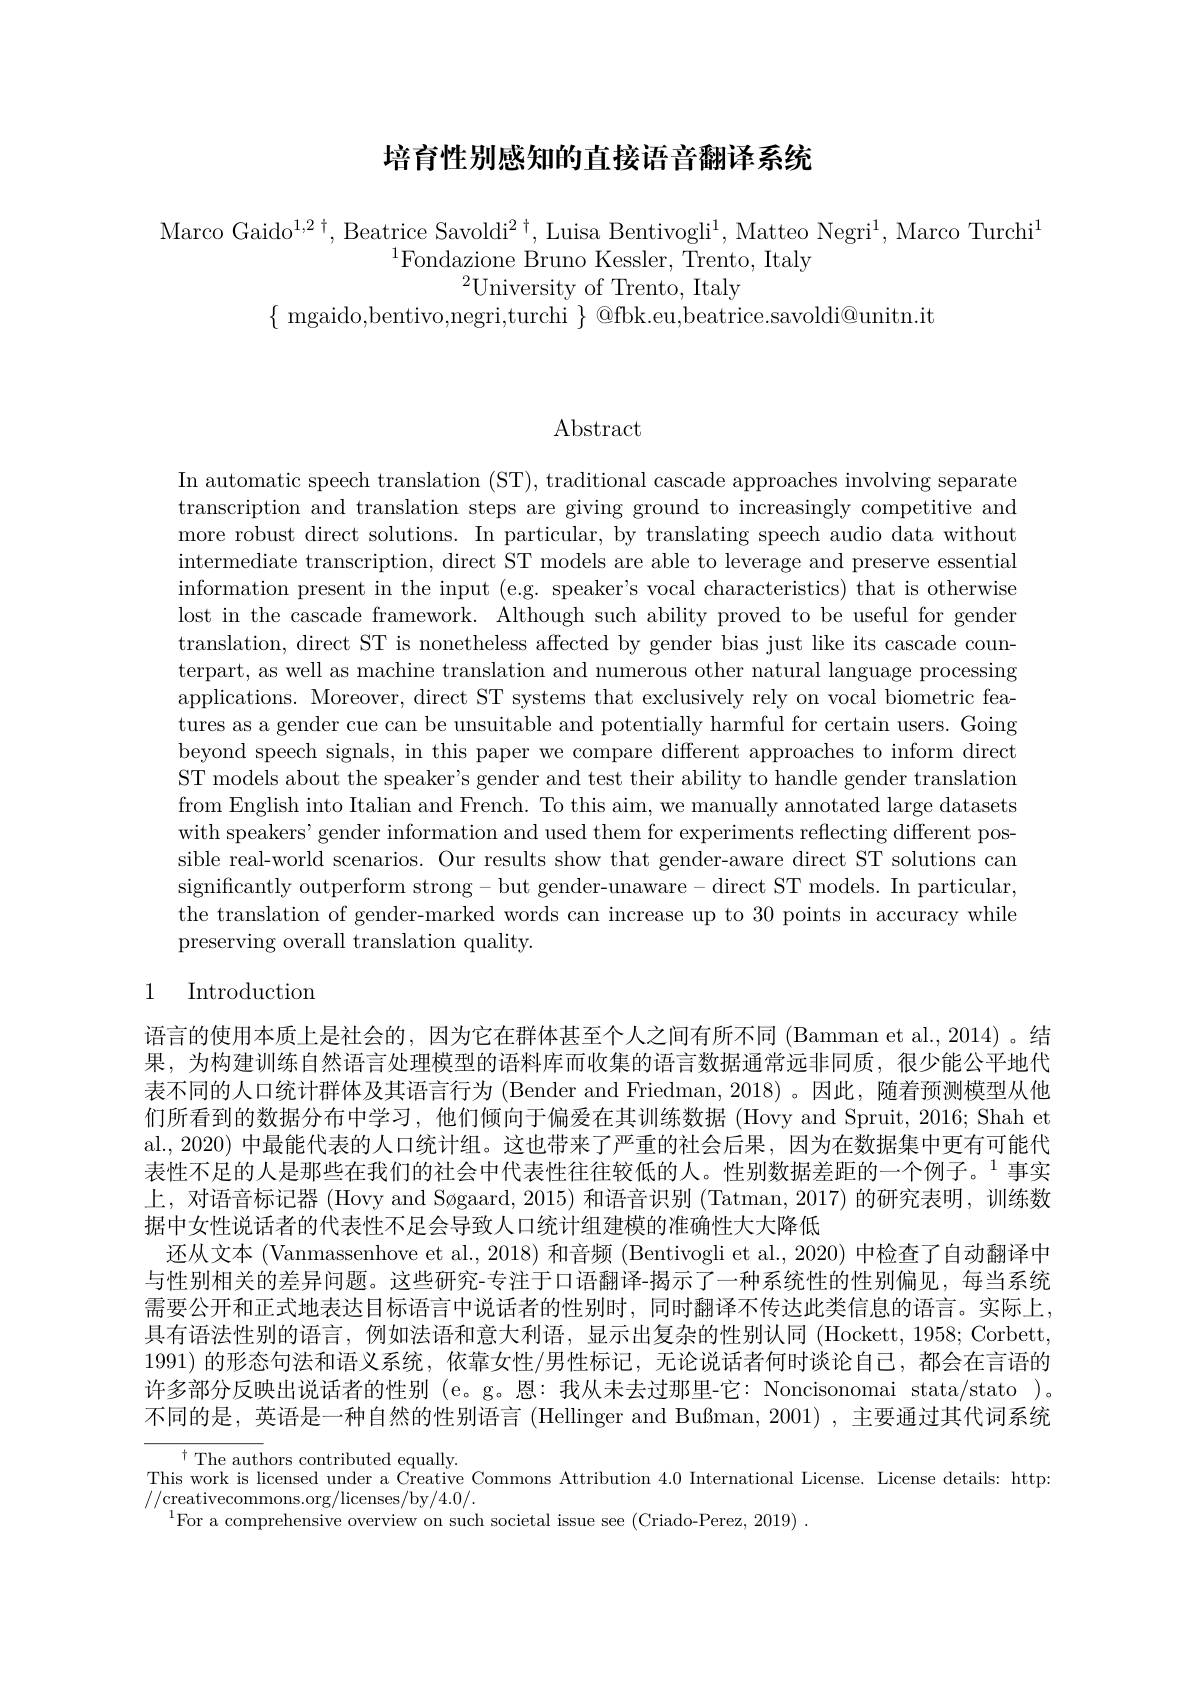
## 培育性别感知的直接语音翻译系统

Marco Gaido$^1,2^\dagger$, Beatrice Savoldi$^2^\dagger$, Luisa Bentivogli$^1$, Matteo Negri$^1$, Marco Turchi$^1$
$^{1}$Fondazione Bruno Kessler, Trento, Italy
$^{2}$University of Trento, Italy
$\{{\mathrm{~mgaido,bentivo,negri,turchi~}}\}{\mathrm{~@fbk.eu,beatrice.savoldi@unitn.it~}}$

Abstract

In automatic speech translation (ST), traditional cascade approaches involving separate transcription and translation steps are giving ground to increasingly competitive and more robust direct solutions. In particular, by translating speech audio data without intermediate transcription, direct ST models are able to leverage and preserve essential information present in the input (e.g. speaker's vocal characteristics) that is otherwise lost in the cascade framework. Although such ability proved to be useful for gender translation, direct ST is nonetheless affected by gender bias just like its cascade counterpart, as well as machine translation and numerous other natural language processing applications. Moreover, direct ST systems that exclusively rely on vocal biometric features as a gender cue can be unsuitable and potentially harmful for certain users. Going beyond speech signals, in this paper we compare different approaches to inform direct ST models about the speaker's gender and test their ability to handle gender translation from English into Italian and French. To this aim, we manually annotated large datasets with speakers' gender information and used them for experiments reflecting different possible real-world scenarios. Our results show that gender-aware direct ST solutions can significantly outperform strong- but gender-unaware- direct ST models. In particular, the translation of gender-marked words can increase up to 30 points in accuracy while preserving overall translation quality.

### 1 Introduction

语言的使用本质上是社会的，因为它在群体甚至个人之间有所不同 (Bamman et al.,2014) 。结果，为构建训练自然语言处理模型的语料库而收集的语言数据通常远非同质，很少能公平地代表不同的人口统计群体及其语言行为 (Bender and Friedman,2018)。因此，随着预测模型从他们所看到的数据分布中学习，他们倾向于偏爱在其训练数据 (Hovy and Spruit, 2016; Shah et al., 2020) 中最能代表的人口统计组。这也带来了严重的社会后果，因为在数据集中更有可能代表性不足的人是那些在我们的社会中代表性往往较低的人。性别数据差距的一个例子。$^{1}$事实上，对语音标记器 (Hovy and Søgaard, 2015) 和语音识别 (Tatman, 2017) 的研究表明，训练数据中女性说话者的代表性不足会导致人口统计组建模的准确性大大降低
还从文本 (Vanmassenhove et al., 2018) 和音频 (Bentivogli et al., 2020) 中检查了自动翻译中与性别相关的差异问题。这些研究-专注于口语翻译-揭示了一种系统性的性别偏见，每当系统需要公开和正式地表达目标语言中说话者的性别时，同时翻译不传达此类信息的语言。实际上， 具有语法性别的语言，例如法语和意大利语，显示出复杂的性别认同 (Hockett,1958;Corbett, 1991)的形态句法和语义系统，依靠女性/男性标记，无论说话者何时谈论自己，都会在言语的许多部分反映出说话者的性别 (e。g。恩：我从未去过那里-它：Noncisonomai stata/stato )。不同的是，英语是一种自然的性别语言 (Hellinger and Bußman, 2001) ,主要通过其代词系统
$^{\dagger}{\mathrm{~The~authors~contributed~equally.}}$
This work is licensed under a Creative Commons Attribution 4.0 International License. License details: http:
//creativecommons.org/licenses/by/4.0/.
$^{1}$For a comprehensive overview on such societal issue see (Criado-Perez,2019) .